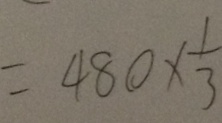
= 4 8 0 \times \frac { 1 } { 3 }